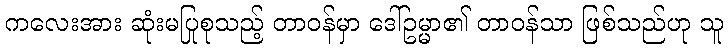
ကလေးအား ဆုံးမပြုစုသည့် တာဝန်မှာ ဒေါ်ဥမ္မာ၏ တာဝန်သာ ဖြစ်သည်ဟု သူ